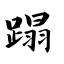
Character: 蹋